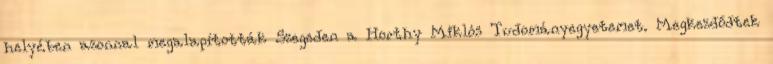
helyében azonnal megalapították Szegeden a Horthy Miklós Tudományegyetemet. Megkezdődtek